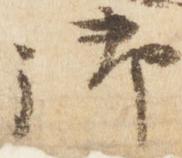
御